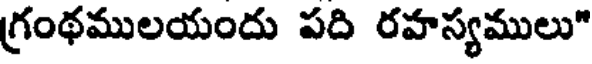
గ్రంథములయందు పది రహస్యములు"